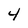
Character: 4